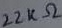
Text: 22KΩ